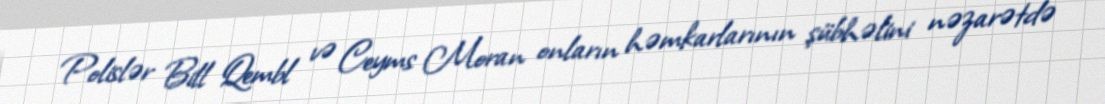
Polislər Bill Qembl və Ceyms Moran onların həmkarlarının şübhəlini nəzarətdə